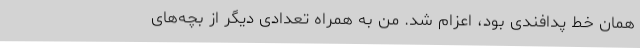
همان خط پدافندی بود، اعزام شد. من به همراه تعدادی دیگر از بچه‌های